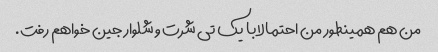
من هم همینطور من احتمالا با یک تی شرت و شلوار جین خواهم رفت.